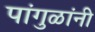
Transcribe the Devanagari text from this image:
पांगुळांनी